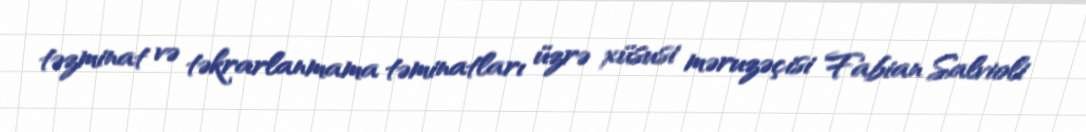
təzminat və təkrarlanmama təminatları üzrə xüsusi məruzəçisi Fabian Salvioli